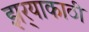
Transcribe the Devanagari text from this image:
झर्‍याकाठी